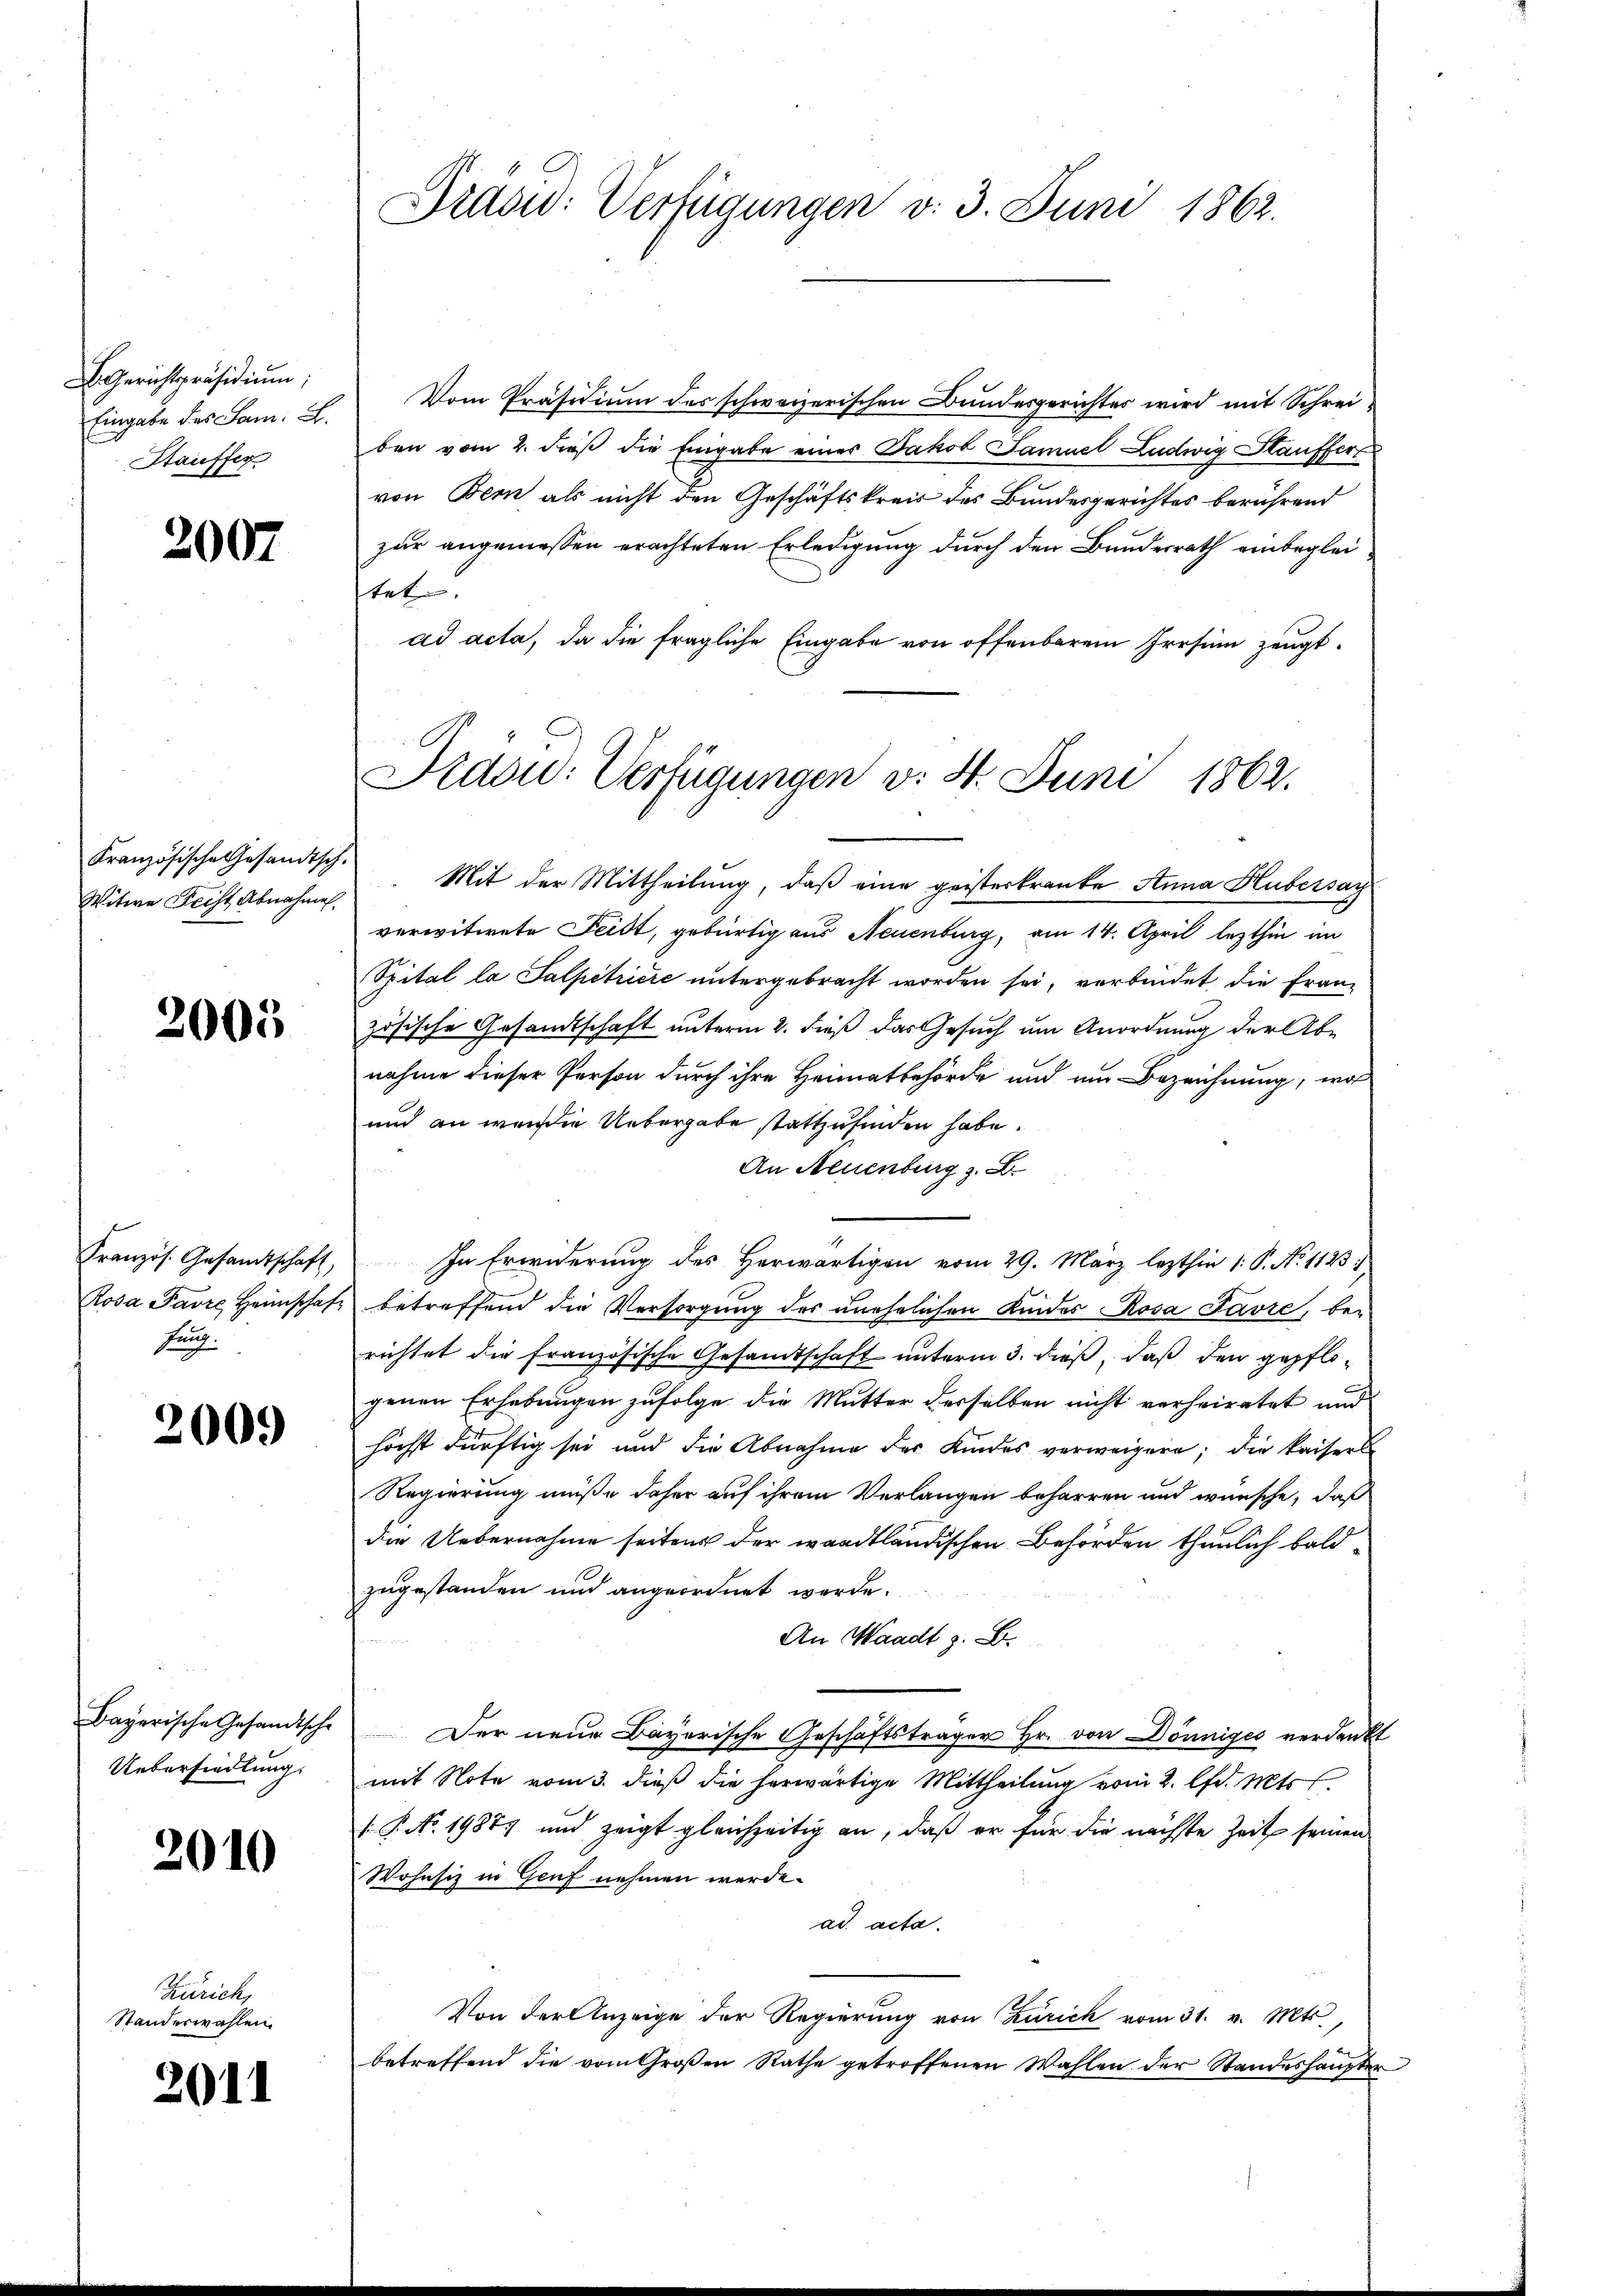
BGerichtspräsidiŭm,
Eingabe des Jam. E.
Stauffer

2007

Französische Gesandtsch.
Witwe Fecht Abnahmen.

2005

Französ. Gesandtschaft,
Rosa Favre Heimschaf
fung.

200.

Bayerische Gesandtsche
Uebersiedlung.

2010

Zürich,
Standeswahlen.

2011

Präsid: Verfügungen v. 3. Juni 1862.

Aidsw: Verfügungen v. 4. Juni 1862.

Vom Präsidium des schweizerischen Bundesgerichtes wird mit Schreiben vom 2. dieß die Eingabe einer Jakob Samuel Ludwig Stauffert
von Bern als nicht den Geschäftskreis des Bundesgerichtes berührend
zur angemessen erachteten Erledigung durch den Bundesrath einbegleitet
ad acta, da die fragliche Eingabe von offenbarem Irrsinn zeugt.
Mit der Mittheilung, daß eine geisterkranke Anna Hubersag
verwitwete Feist, gebürtig aus Neuenburg, am 14. April lezthin im
Spital la Salpetriere untergebracht worden sei, verbindet, die Franz
zösische Gesandtschaft unterm 2. dieß das Gesuch um Anordnung der Abnahme dieser Person durch ihre Heimatbehörde und am Bezeichnung, wo
und an wer die Uebergabe stattzufinden habe.
An Neuenburg z. B.
In Erwiderung des Herwärtigen vom 29. März lezthin 1. P. No 1123)
betreffend die Versorgung des unehelichen Kindes Rosa Favre, berichtet die französische Gesandtschaft unterm 3. dieß, daß den gepflogenen Erhebungen zufolge die Mutter derselben nicht verheiratet und
höchst dürftig sei und die Abnahme der Kindes verweigern; die kaisers
Regierung müße daher auf ihrem Verlangen beharren und wünsche, daß
die Uebernahme seitens der waadtländischen Behörden thunlich baldzugestanden und angeordnet werde.
An Waadt z. B.
Der neue Bayerische Geschäftsträger Hr. von Dönniges verdankt
mit Note vom 3. dieß die herwärtige Mittheilung vom 2. d. Mts.
.P. No. 19877 und zeigt gleichzeitig an, daß er für die nächste Zeit seinen
Wohnsiz in Genf nehmen werde.
ad acta.
Von der Anzeige der Regierung von Zürich vom 31. v. Mts
betreffend die vom Großen Rathe getroffenen Wahlen der Standeshaupter